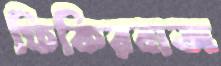
ফিকিরবাজ